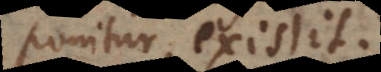
ponitur, existit.